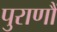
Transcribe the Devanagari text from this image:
पुराणौं